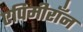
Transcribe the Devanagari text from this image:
एपिमीराँन